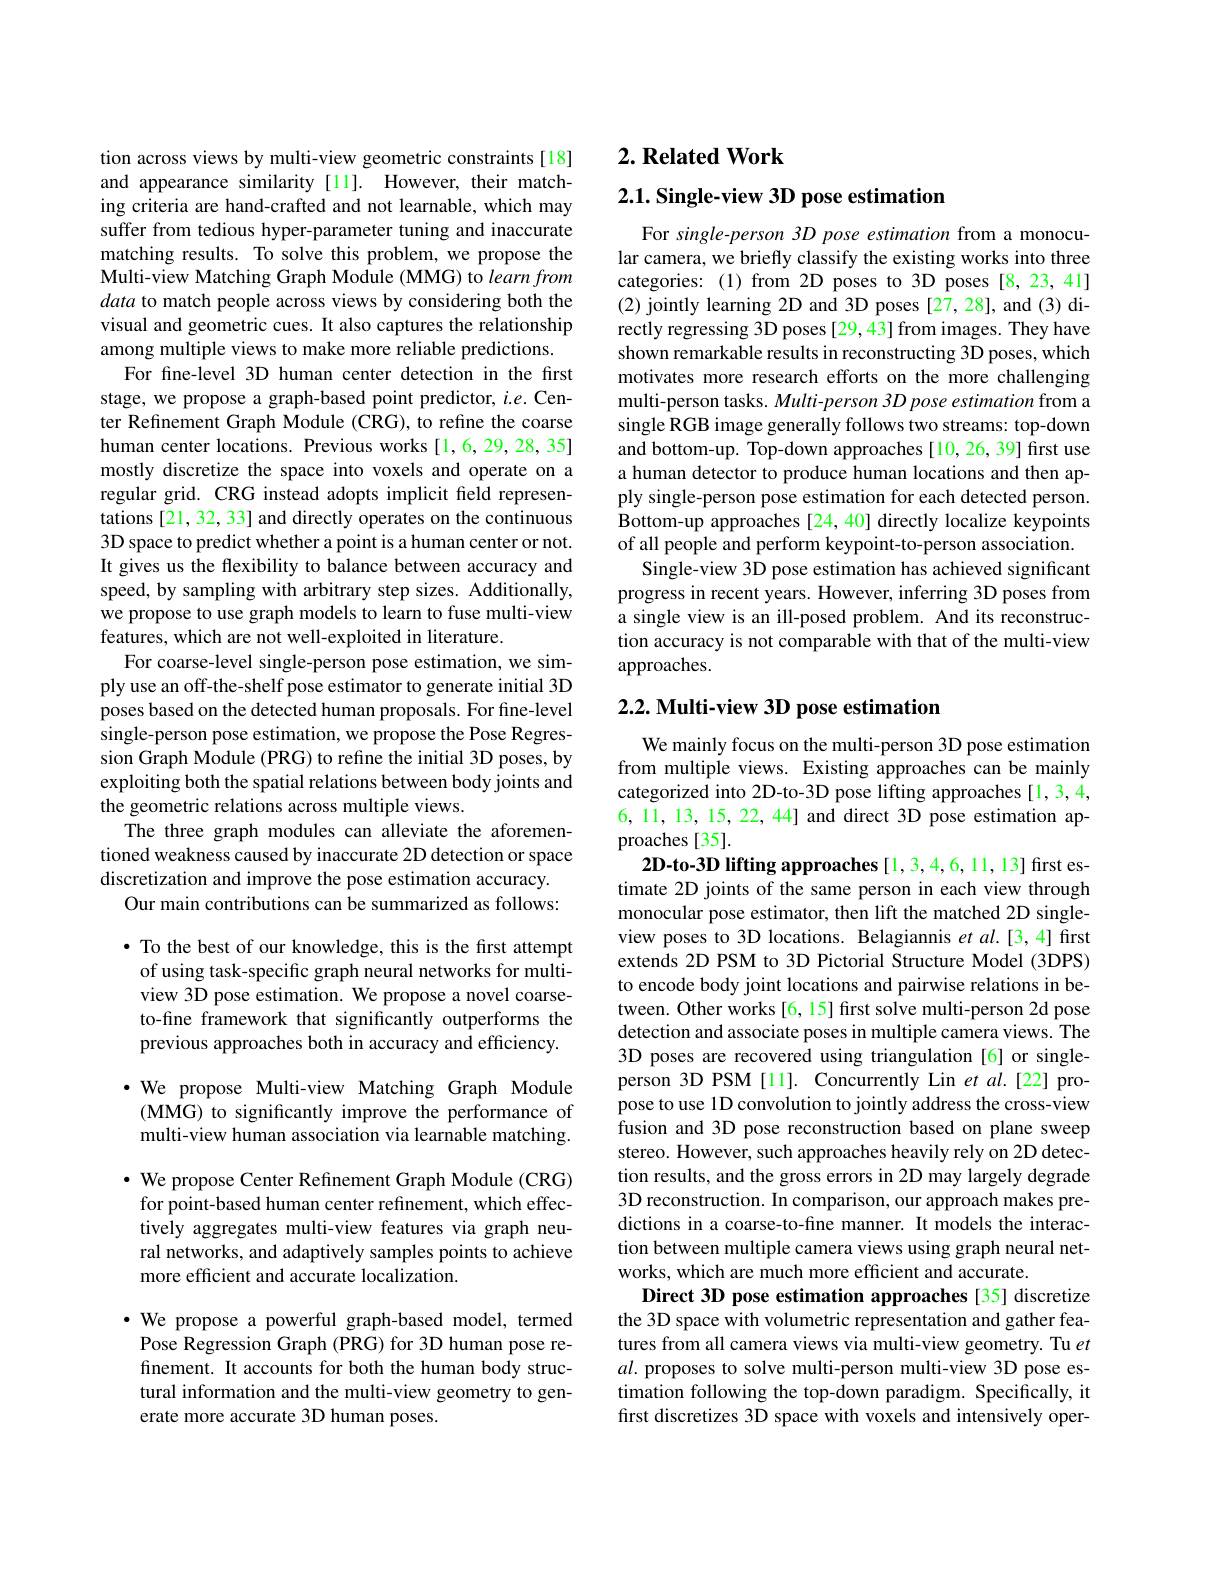
tion across views by multi-view geometric constraints[18] and appearance similarity [11]. However, their matching criteria are hand-crafted and not learnable, which may suffer from tedious hyper-parameter tuning and inaccurate matching results. To solve this problem, we propose the Multi-view Matching Graph Module (MMG) to learn from data to match people across views by considering both the visual and geometric cues. It also captures the relationship among multiple views to make more reliable predictions.
For fne-level 3D human center detection in the first stage, we propose a graph-based point predictor, $i.e.$ Center Refinement Graph Module (CRG), to refine the coarse human center locations. Previous works [1,6,29,28,35] mostly discretize the space into voxels and operate on a regular grid. CRG instead adopts implicit field representations [21, 32, 33] and directly operates on the continuous 3D space to predict whether a point is a human center or not. It gives us the flexibility to balance between accuracy and speed, by sampling with arbitrary step sizes. Additionally, we propose to use graph models to learn to fuse multi-view features, which are not well-exploited in literature.
For coarse-level single-person pose estimation, we simply use an off-the-shelf pose estimator to generate initial 3D poses based on the detected human proposals. For fine-level single-person pose estimation, we propose the Pose Regression Graph Module (PRG) to refine the initial 3D poses, by exploiting both the spatial relations between body joints and the geometric relations across multiple views.
The three graph modules can alleviate the aforementioned weakness caused by inaccurate 2D detection or space discretization and improve the pose estimation accuracy.
Our main contributions can be summarized as follows: $\bullet$ To the best of our knowledge, this is the first attempt

of using task-specific graph neural networks for multiview 3D pose estimation. We propose a novel coarseto-fine framework that significantly outperforms the previous approaches both in accuracy and efficiency.

$\cdot$ We propose Multi-view Matching Graph Module (MMG) to significantly improve the performance of multi-view human association via learnable matching.

$\cdot$ We propose Center Refinement Graph Module (CRG) for point-based human center refinement, which effectively aggregates multi-view features via graph neural networks, and adaptively samples points to achieve more efficient and accurate localization.

$\cdot$ We propose a powerful graph-based model, termed Pose Regression Graph (PRG) for 3D human pose refinement. It accounts for both the human body structural information and the multi-view geometry to generate more accurate 3D human poses.

# 2. Related Work

$2. 1. \textbf{Single- view 3D pose estimation}$

For single-person 3D pose estimation from a monocular camera, we briefly classify the existing works into three categories: (1) from 2D poses to 3D poses [8,23,41] (2) jointly learning 2D and 3D poses [27,28], and (3) directly regressing 3D poses [29,43] from images. They have shown remarkable results in reconstructing 3D poses, which motivates more research efforts on the more challenging multi-person tasks. Multi-person 3D pose estimation from a single RGB image generally follows two streams: top-down and bottom-up. Top-down approaches[10,26,39] first use a human detector to produce human locations and then apply single-person pose estimation for each detected person. Bottom-up approaches [24,40] directly localize keypoints of all people and perform keypoint-to-person association.
Single-view 3D pose estimation has achieved significant progress in recent years. However, inferring 3D poses from a single view is an ill-posed problem. And its reconstruction accuracy is not comparable with that of the multi-view approaches.

## $2. 2. \textbf{Multi- view 3D pose estimation}$

We mainly focus on the multi-person 3D pose estimation from multiple views. Existing approaches can be mainly categorized into 2D-to-3D pose lifting approaches [1,3,4, 6, 11, 13, 15, 22, 44] and direct 3D pose estimation approaches [35].
2D-to-3D lifting approaches [1,3,4,6,11,13] first estimate 2D joints of the same person in each view through monocular pose estimator, then lift the matched 2D singleview poses to 3D locations. Belagiannis $et$ al.[3,4] first extends 2D PSM to 3D Pictorial Structure Model (3DPS) to encode body joint locations and pairwise relations in between. Other works[6,15] first solve multi-person 2d pose detection and associate poses in multiple camera views. The 3D poses are recovered using triangulation [6] or singleperson 3D PSM [11]. Concurrently Lin $etal.[22]$ propose to use 1D convolution to jointly address the cross-view fusion and 3D pose reconstruction based on plane sweep stereo. However, such approaches heavily rely on 2D detection results, and the gross errors in 2D may largely degrade 3D reconstruction. In comparison, our approach makes predictions in a coarse-to-fine manner. It models the interaction between multiple camera views using graph neural networks, which are much more efficient and accurate.
Direct 3D pose estimation approaches [35] discretize the 3D space with volumetric representation and gather features from all camera views via multi-view geometry. Tu $et$ $al.$ proposes to solve multi-person multi-view 3D pose estimation following the top-down paradigm. Specifically, it first discretizes 3D space with voxels and intensively oper-